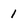
Character: 1